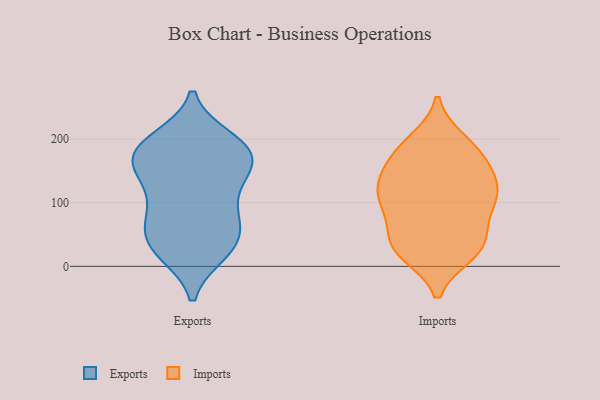
{"axis": {"x": "Latency (ms)", "y": "Value"}, "legend": ["Exports", "Imports"], "data": [{"x": "", "y": 186, "type": "Exports"}, {"x": "", "y": 130, "type": "Exports"}, {"x": "", "y": 149, "type": "Exports"}, {"x": "", "y": 22, "type": "Exports"}, {"x": "", "y": 162, "type": "Exports"}, {"x": "", "y": 31, "type": "Exports"}, {"x": "", "y": 77, "type": "Exports"}, {"x": "", "y": 111, "type": "Exports"}, {"x": "", "y": 27, "type": "Exports"}, {"x": "", "y": 156, "type": "Exports"}, {"x": "", "y": 187, "type": "Exports"}, {"x": "", "y": 184, "type": "Exports"}, {"x": "", "y": 71, "type": "Exports"}, {"x": "", "y": 79, "type": "Exports"}, {"x": "", "y": 192, "type": "Exports"}, {"x": "", "y": 29, "type": "Exports"}, {"x": "", "y": 57, "type": "Exports"}, {"x": "", "y": 199, "type": "Exports"}, {"x": "", "y": 159, "type": "Exports"}, {"x": "", "y": 170, "type": "Imports"}, {"x": "", "y": 192, "type": "Imports"}, {"x": "", "y": 181, "type": "Imports"}, {"x": "", "y": 27, "type": "Imports"}, {"x": "", "y": 131, "type": "Imports"}, {"x": "", "y": 50, "type": "Imports"}, {"x": "", "y": 41, "type": "Imports"}, {"x": "", "y": 100, "type": "Imports"}, {"x": "", "y": 102, "type": "Imports"}, {"x": "", "y": 69, "type": "Imports"}, {"x": "", "y": 22, "type": "Imports"}, {"x": "", "y": 20, "type": "Imports"}, {"x": "", "y": 124, "type": "Imports"}, {"x": "", "y": 160, "type": "Imports"}, {"x": "", "y": 101, "type": "Imports"}, {"x": "", "y": 146, "type": "Imports"}, {"x": "", "y": 125, "type": "Imports"}, {"x": "", "y": 28, "type": "Imports"}, {"x": "", "y": 197, "type": "Imports"}, {"x": "", "y": 104, "type": "Imports"}]}